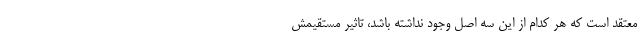
معتقد است که هر کدام از این سه اصل وجود نداشته باشد، تاثیر مستقیمش